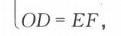
\(OD = EF\)，